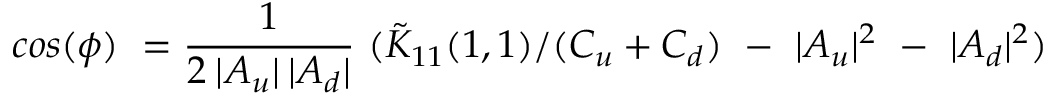
c o s ( \phi ) \ = \frac { 1 } { 2 \: | A _ { u } | \: | A _ { d } | } \ ( \tilde { K } _ { 1 1 } ( 1 , 1 ) / ( C _ { u } + C _ { d } ) \ - \ | A _ { u } | ^ { 2 } \ - \ | A _ { d } | ^ { 2 } )